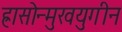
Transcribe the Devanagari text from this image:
ह्रासोन्मुखयुगीन